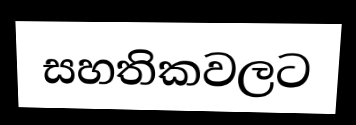
සහතිකවලට